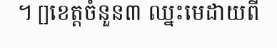
។ []ខេត្តចំនួន៣ ឈ្នះមេដាយពី